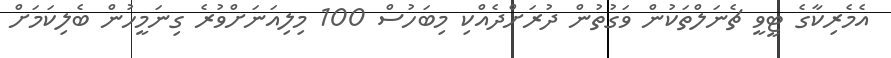
އެމެރިކާގެ ޓީވީ ޗެނަލްތަކުން ވަގުތުން ދުރަށްދެއްކި މިބަހުސް 100 މިލިއަނަށްވުރެ ގިނަމީހުން ބެލިކަމަށް